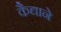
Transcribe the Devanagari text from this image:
कैद्याने